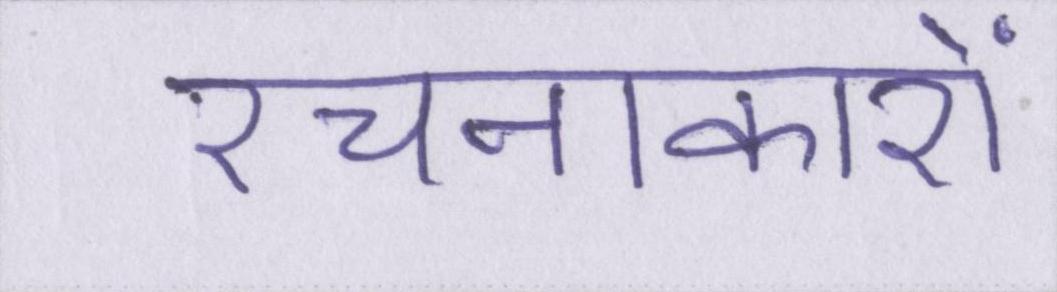
रचनाकारों